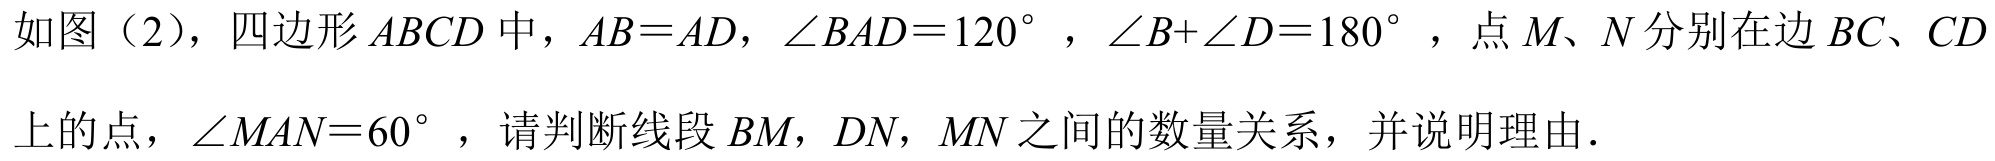
如图（2），四边形\(ABCD\)中，\(AB = AD\)，\(\angle BAD = 120^{\circ}\) ，\(\angle B+\angle D = 180^{\circ}\) ，点\(M\)、\(N\)分别在边\(BC\)、\(CD\)上的点，\(\angle MAN = 60^{\circ}\)，请判断线段\(BM\)，\(DN\)，\(MN\)之间的数量关系，并说明理由．